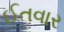
ઈતવાર